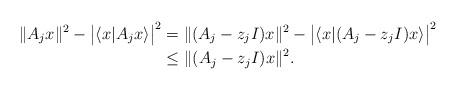
LaTeX: \begin{align*}\|A_j x\|^2-\big|\langle x| A_j x\rangle\big|^2 &= \|(A_j-z_j I) x\|^2-\big|\langle x|(A_j-z_j I) x\rangle\big|^2\\ &\leq \|(A_j-z_jI)x\|^2.\end{align*}